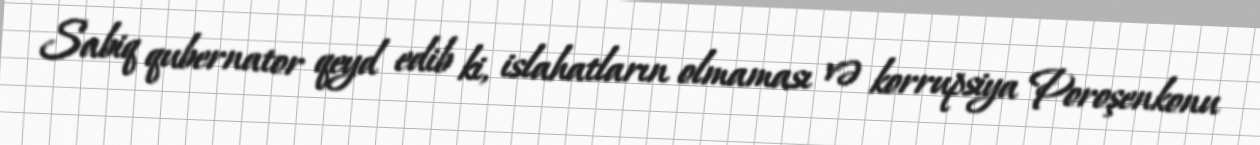
Sabiq qubernator qeyd edib ki, islahatların olmaması və korrupsiya Poroşenkonu